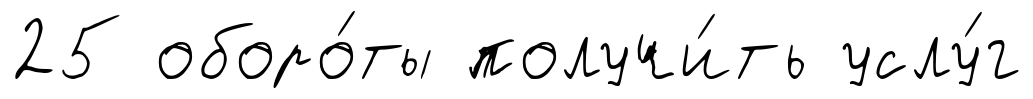
25 оборо́ты получи́ть услу́г